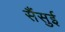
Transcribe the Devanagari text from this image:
सैंसुई